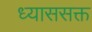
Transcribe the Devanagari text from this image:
ध्याससक्त